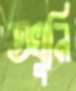
তখুনি